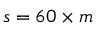
s = 6 0 \times m